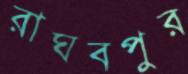
রাঘবপুর